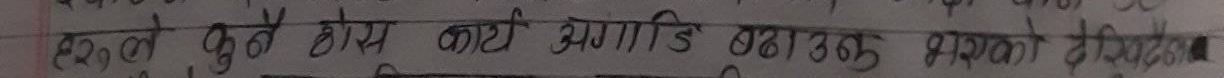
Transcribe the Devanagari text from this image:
हरुले कुनै ठोस कार्थ अगाडि बढाउन सकेको देखिदैन ।